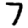
Digit: 7